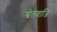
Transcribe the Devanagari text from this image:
श्वेतवाजि